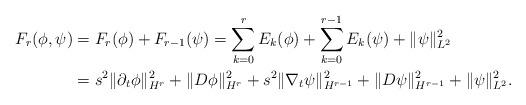
LaTeX: \begin{align*}F_r(\phi,\psi)&=F_r(\phi)+F_{r-1}(\psi)=\sum_{k=0}^rE_k(\phi)+\sum_{k=0}^{r-1}E_k(\psi)+\|\psi\|_{L^2}^2 \\&=s^2\|\partial_t\phi\|^2_{H^r}+\|D\phi\|^2_{H^r}+s^2\|\nabla_t\psi\|^2_{H^{r-1}}+\|D\psi\|^2_{H^{r-1}}+\|\psi\|_{L^2}^2.\end{align*}